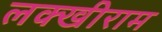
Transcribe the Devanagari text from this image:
लक्खीराम